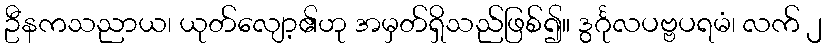
ဦနကသညာယ၊ ယုတ်လျော့၏ဟု အမှတ်ရှိသည်ဖြစ်၍။ ဒွင်္ဂုလပဗ္ဗပရမံ၊ လက် ၂